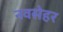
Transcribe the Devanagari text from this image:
नवसेहर